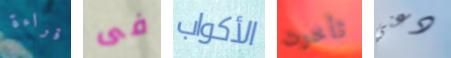
قراءة فى الأكواب تأخرت دعني